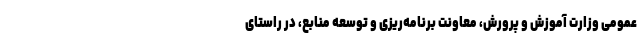
عمومی وزارت آموزش و پرورش، معاونت برنامه‌ریزی و توسعه منابع، در راستای